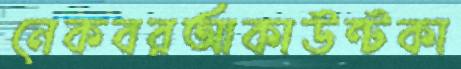
নেকবরআকাউন্টকা